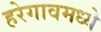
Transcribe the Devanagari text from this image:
हरेगावमध्ये